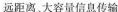
远距离大容量信息传输